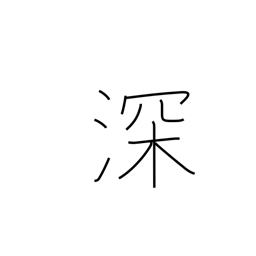
Meaning: strengthen